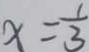
x = \frac { 1 } { 3 }